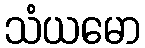
သံယမော